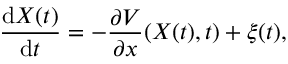
\frac { \mathrm { d } X ( t ) } { \mathrm { d } t } = - \frac { \partial V } { \partial x } ( X ( t ) , t ) + \xi ( t ) ,